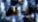
الإلغاء